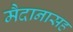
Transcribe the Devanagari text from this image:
मैदानासह